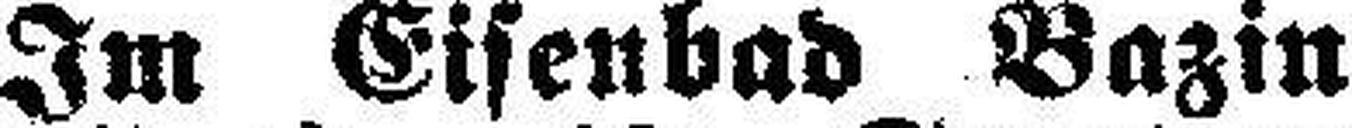
Im Eisenbad Bazin